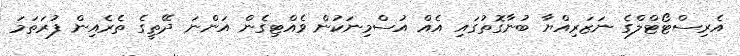
އެރިސްޓޯޓްލްގެ ނަޒަރިއްޔާ ބުނާގޮތުގައި އެއް އުސްމިނަކުން ވެއްޓިގެން އަންނަ ދޭތީގެ ތެރެއިން ފުރަތަމަ